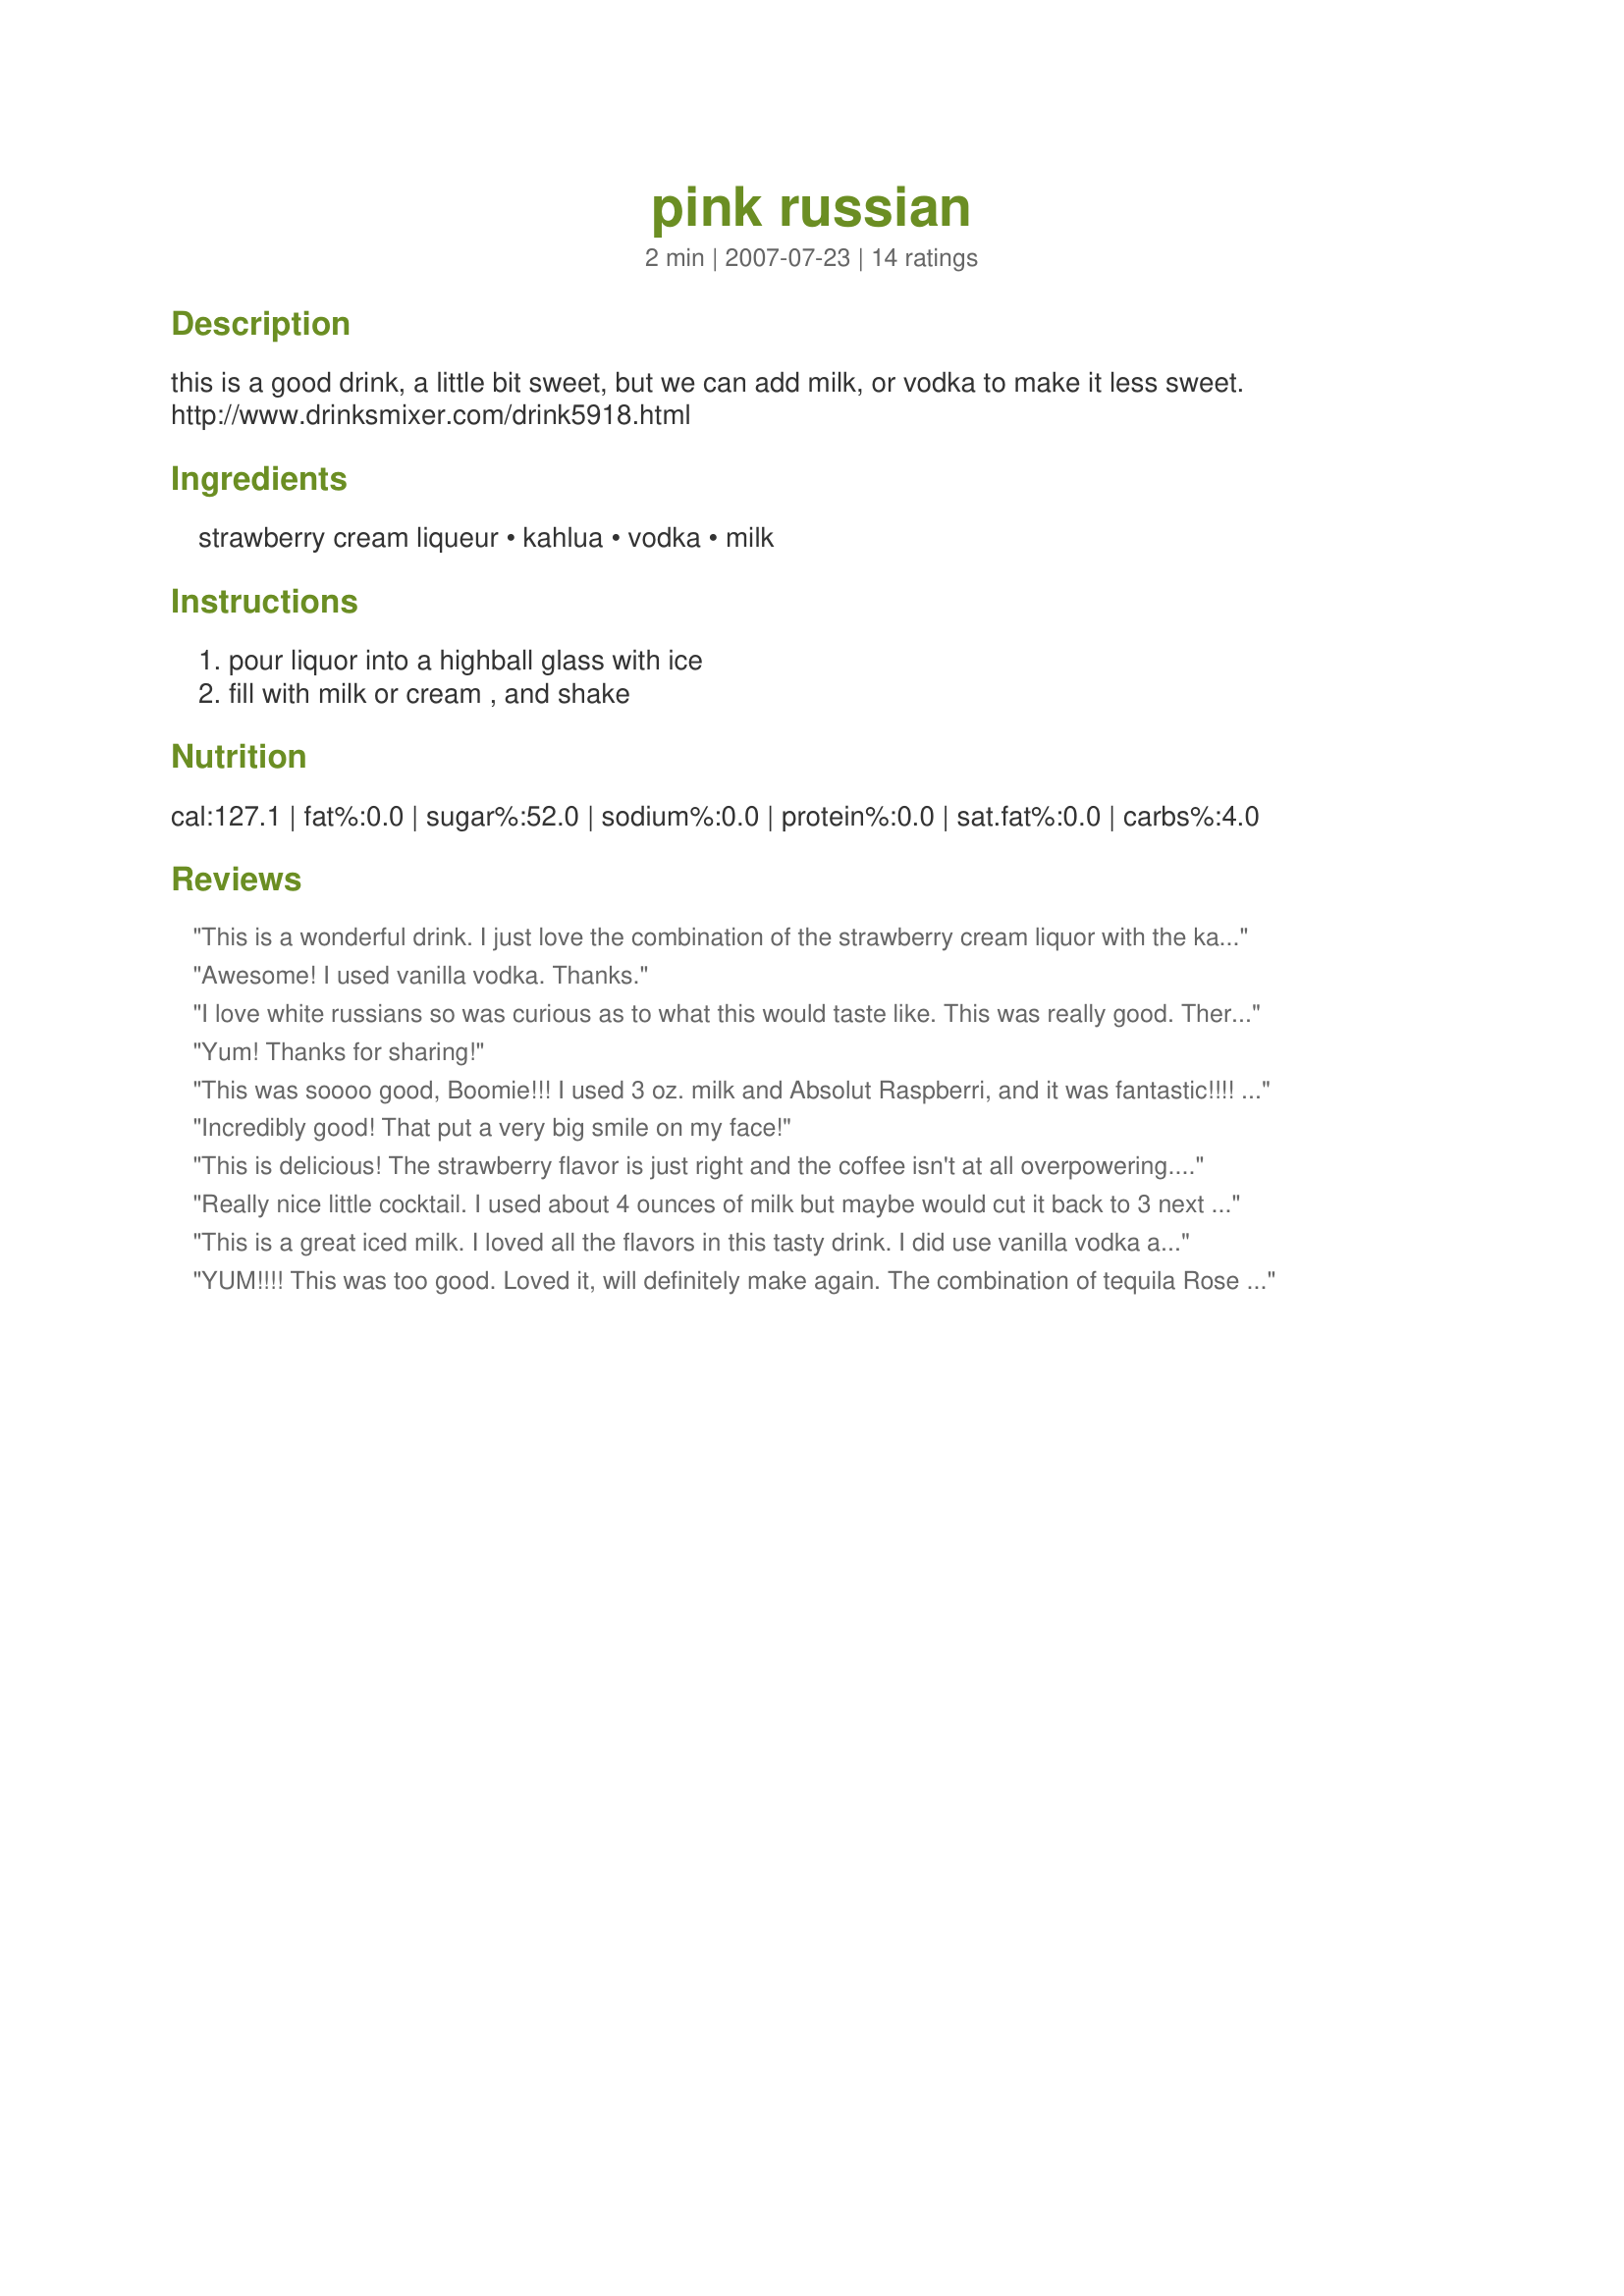
pink russian
Preparation time: 2 minutes

this is a good drink, a little bit sweet, but we can add milk, or vodka to make it less sweet. http://www.drinksmixer.com/drink5918.html

Ingredients:
strawberry cream liqueur, kahlua, vodka, milk

Steps:
pour liquor into a highball glass with ice, fill with milk or cream , and shake

Reviews:
This is a wonderful drink. I just love the combination of the strawberry cream liquor with the kahlua. I will definitely be making this one again.
Awesome! I used vanilla vodka. Thanks.
I love white russians so was curious as to what this would taste like. This was really good. There's just a taste of strawberry but just enough. Loved it.
Yum! Thanks for sharing!
This was soooo good, Boomie!!! I used 3 oz. milk and Absolut Raspberri, and it was fantastic!!!! :) Thanks so very much!!! :)
Incredibly good! That put a very big smile on my face!
This is delicious! The strawberry flavor is just right and the coffee isn't at all overpowering. I did not have plain vodka so I used vanilla vodka instead. Very tasty
Really nice little cocktail. I used about 4 ounces of milk but maybe would cut it back to 3 next time. I really enjoyed how well the stawberry and coffee flavors meshed! Thanks Boomette, you Rock! Made for Zaar Stars tag game.
This is a great iced milk. I loved all the flavors in this tasty drink. I did use vanilla vodka and a shaker. I found the drink to be sweet, light and refreshing. You can taste all the different flavors, strawberry, coffee and vanilla. My favourite part is that none of the alcohol overshone the other. Thanks for sharing.
YUM!!!! This was too good. Loved it, will definitely make again. The combination of tequila Rose and Kahlua was wonderful. Thanks for sharing a winner! Cheers ~V
Yum, an adult strawberry milkshake, very nice but would have like it better without the vodka. Thanks!
Yum! Both DH and I love Tequila Rose and this was yummy. Thanks Boomette.
Delicious! I made this today for my friend, Mom and I today - really yummy!! We will make this one again! A super smooth white russian with a subtle strawberry creme flavor!!
Another tasty cocktail using Tequila Rose. I just mixed mine in the glass. The only problem with this one is that it was so good, I wanted to just drink it right down. Thank you Boomie!
